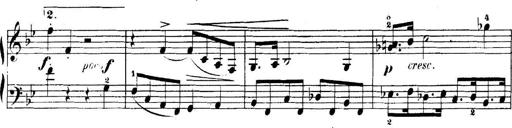
Title: 5 Sonatinas
Composer: Theodor Kirchner